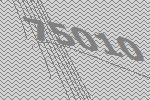
75010